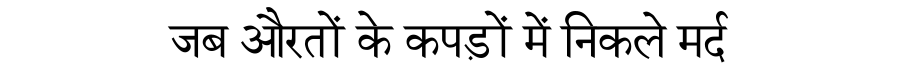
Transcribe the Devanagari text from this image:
जब औरतों के कपड़ों में निकले मर्द